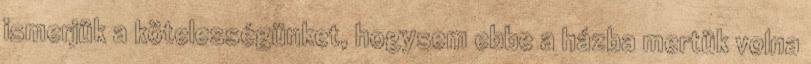
ismerjük a kötelességünket, hogysem ebbe a házba mertük volna